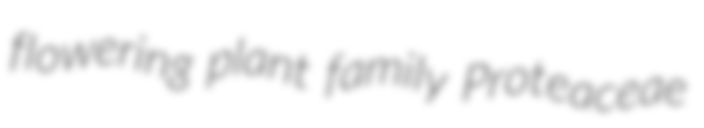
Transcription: flowering plant family Proteaceae